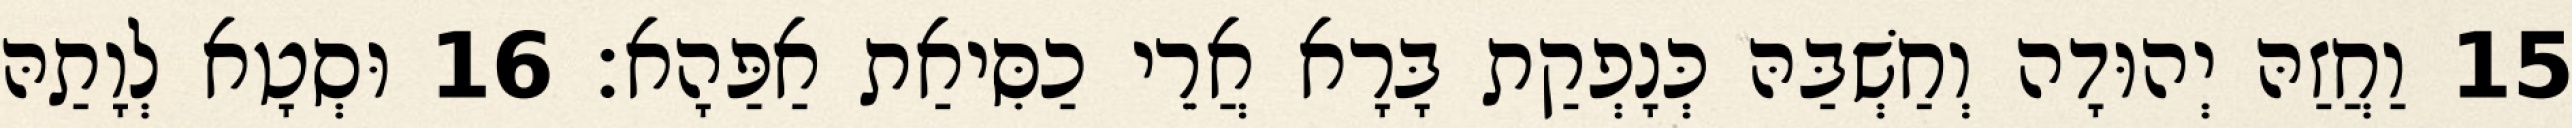
15 וַחֲזַהּ יְהוּדָה וְחַשְׁבַּהּ כְּנָפְקַת בָּרָא אֲרֵי כַסִּיאַת אַפַּהָא׃ 16 וּסְטָא לְוָתַהּ